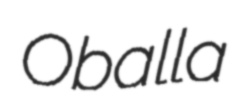
Oballa